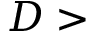
D >